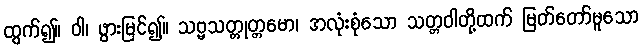
ထွက်၍။ ဝါ၊ ဖွားမြင်၍။ သဗ္ဗသတ္တုတ္တမော၊ အလုံးစုံသော သတ္တဝါတို့ထက် မြတ်တော်မူသော